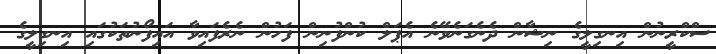
ސްކްރީނުން އިނގިލީގެ ނިޝާން ދެނެގަނެވޭނެ އެޕަލް ކުންފުނިން ފަހުން ނެރެފައިވާ އައިފޯނުތަކުގައި އިނގިލީގެ